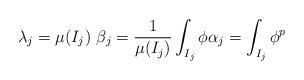
LaTeX: \begin{align*}\lambda_{j}=\mu(I_{j})~\beta_{j}=\frac{1}{\mu(I_{j})}\int_{I_{j}}\phi\alpha_{j}=\int_{I_{j}}\phi^{p}\end{align*}